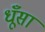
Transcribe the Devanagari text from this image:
धूँसा